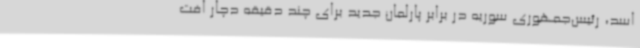
اسد، رئیس‌جمهوری سوریه در برابر پارلمان جدید برای چند دقیقه دچار افت